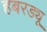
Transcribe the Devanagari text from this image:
हबरड्यू